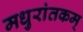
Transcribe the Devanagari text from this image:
मधुरांतकम्